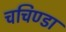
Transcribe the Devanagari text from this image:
चचिण्डा